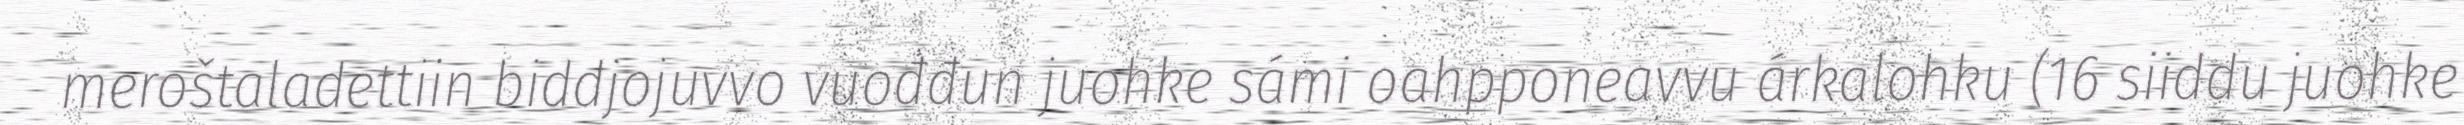
meroštaladettiin biddjojuvvo vuođđun juohke sámi oahpponeavvu árkalohku (16 siiddu juohke